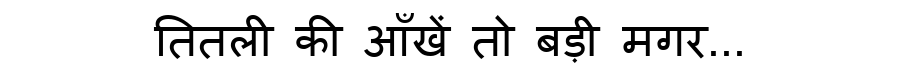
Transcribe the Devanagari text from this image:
तितली की आँखें तो बड़ी मगर...